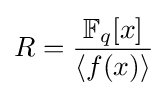
R={\frac {\mathbb {F} _{q}[x]}{\langle f(x)\rangle }}